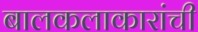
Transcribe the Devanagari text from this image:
बालकलाकारांची